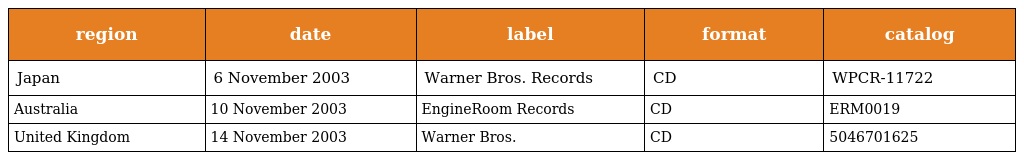
| region | date | label | format | catalog |
 | --- | --- | --- | --- | --- |
 | Japan | 6 November 2003 | Warner Bros. Records | CD | WPCR-11722 |
 | Australia | 10 November 2003 | EngineRoom Records | CD | ERM0019 |
 | United Kingdom | 14 November 2003 | Warner Bros. | CD | 5046701625 |